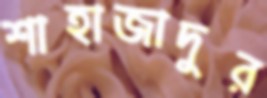
শাহাজাদুর